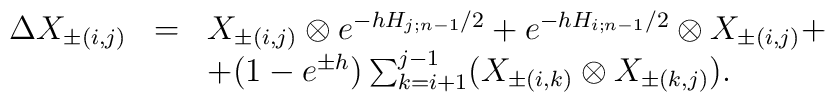
\begin{array}{lcl}\Delta X_{\pm (i,j)} & = & X_{\pm (i,j)} \otimes e^{-hH_{j;n-1}/2}                         + e^{-hH_{i;n-1}/2} \otimes X_{\pm (i,j)}+ \\                    &   & + (1-e^{\pm h})\sum_{k=i+1}^{j-1} (X_{\pm (i,k)}                         \otimes X_{\pm (k,j)} ).\end{array}